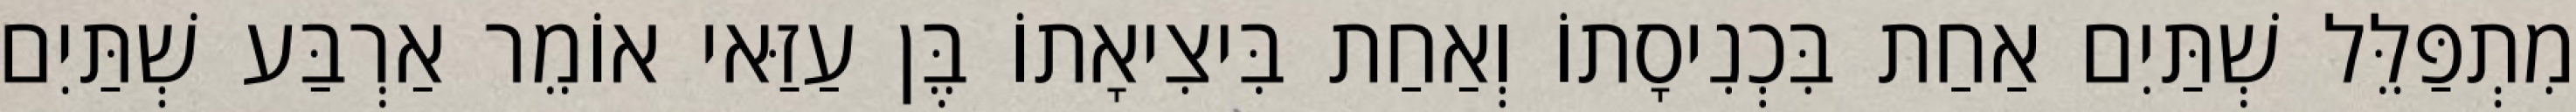
מִתְפַּלֵּל שְׁתַּיִם אַחַת בִּכְנִיסָתוֹ וְאַחַת בִּיצִיאָתוֹ בֶּן עַזַּאי אוֹמֵר אַרְבַּע שְׁתַּיִם